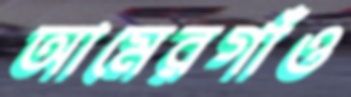
আমেরগাঁও